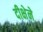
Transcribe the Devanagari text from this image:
दीक्षेने